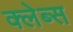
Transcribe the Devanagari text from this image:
क्लेब्स